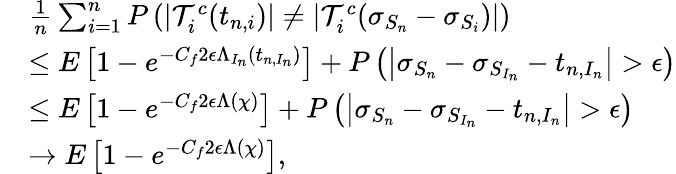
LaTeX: \begin{array}{rl}&{\frac{1}{n}\sum_{i=1}^{n}P\left(|\mathcal{T}_{i}^{c}(t_{n,i})|\neq|\mathcal{T}_{i}^{c}(\sigma_{S_{n}}-\sigma_{S_{i}})|\right)}\\ &{\leq E\left[1-e^{-C_{f}2\epsilon\Lambda_{I_{n}}(t_{n,I_{n}})}\right]+P\left(\left|\sigma_{S_{n}}-\sigma_{S_{I_{n}}}-t_{n,I_{n}}\right|>\epsilon\right)}\\ &{\leq E\left[1-e^{-C_{f}2\epsilon\Lambda(\chi)}\right]+P\left(\left|\sigma_{S_{n}}-\sigma_{S_{I_{n}}}-t_{n,I_{n}}\right|>\epsilon\right)}\\ &{\to E\left[1-e^{-C_{f}2\epsilon\Lambda(\chi)}\right],}\end{array}